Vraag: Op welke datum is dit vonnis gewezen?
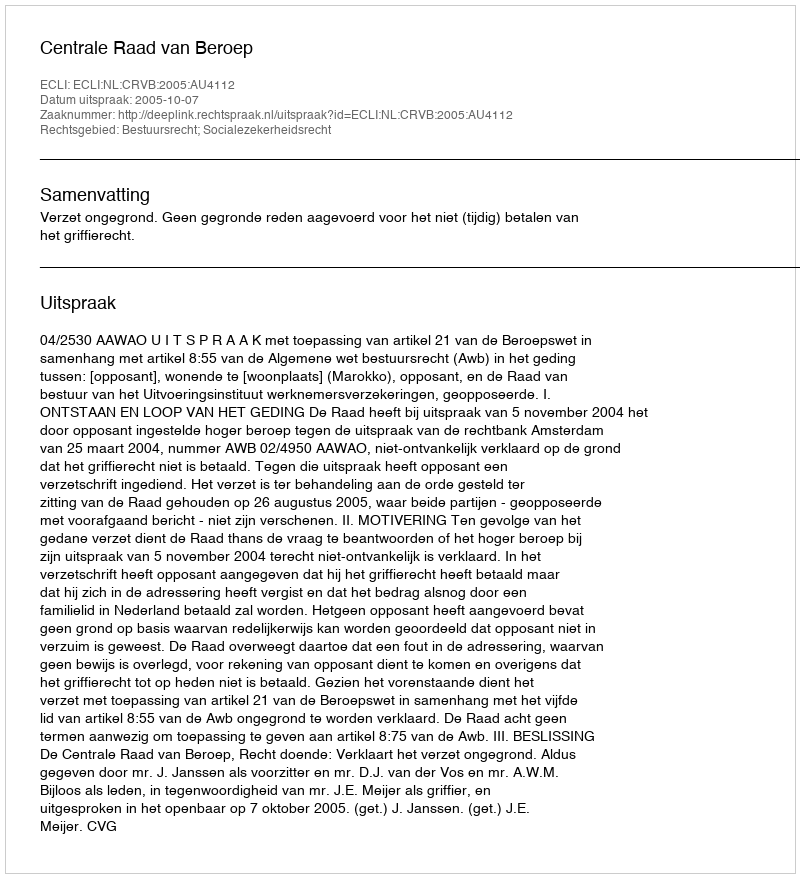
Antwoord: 2005-10-07